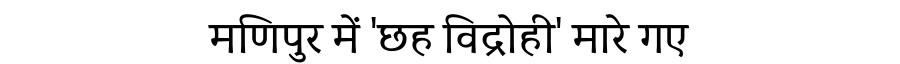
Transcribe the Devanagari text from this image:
मणिपुर में 'छह विद्रोही' मारे गए